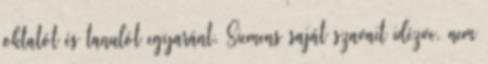
oktatót és tanulót egyaránt. Siemens saját szavait idézve, nem